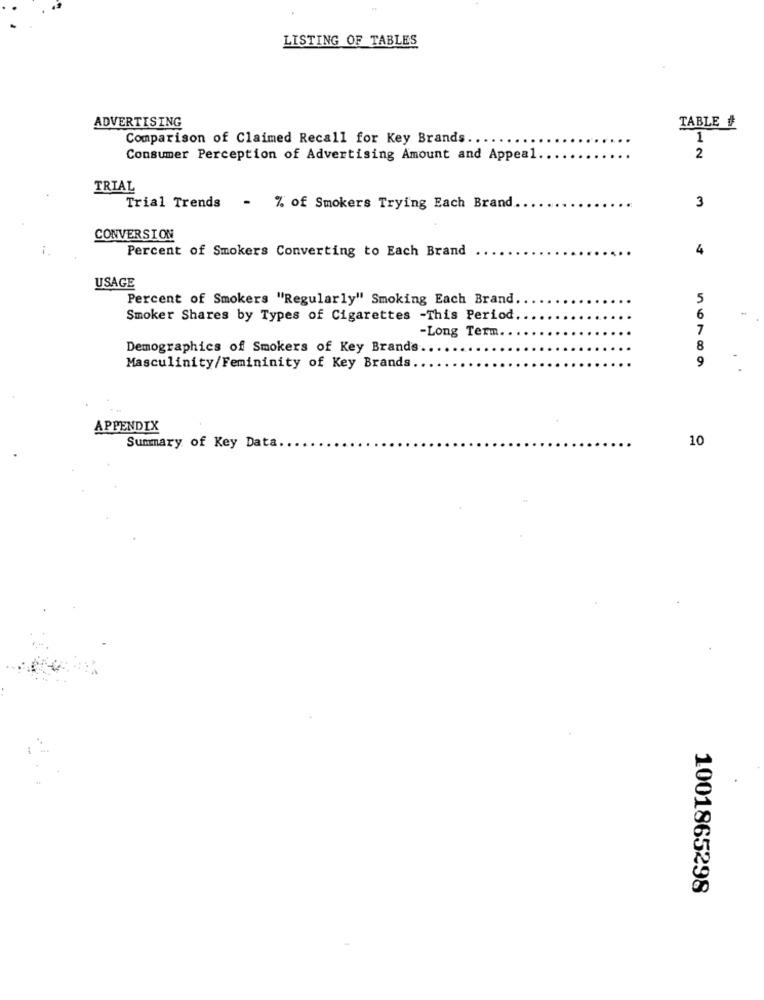
LISTING OF TABLES
ADVERTISING
TABLE #
Comparison of Claimed Recall for Key Brands ..
1
Consumer Perception of Advertising Amount and Appeal
2
TRIAL
3
Trial Trends
- % of Smokers Trying Each Brand ..
CONVERSION
4
Percent of Smokers Converting to Each Brand
USAGE
Percent of Smokers "Regularly" Smoking Each Brand.
5
Smoker Shares by Types of Cigarettes -This Period.
6
-Long Term.
7
Demographics of Smokers of Key Brands.
8
9
Masculinity/Femininity of Key Brands.
APPENDIX
10
Summary of Key Data.
1001865298